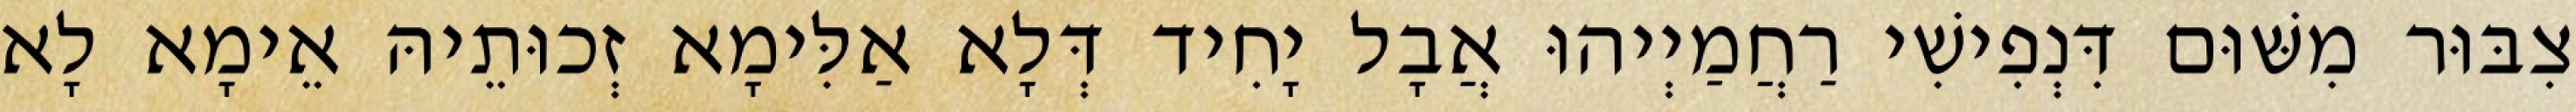
צִבּוּר מִשּׁוּם דִּנְפִישִׁי רַחֲמַיְיהוּ אֲבָל יָחִיד דְּלָא אַלִּימָא זְכוּתֵיהּ אֵימָא לָא